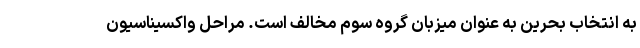
به انتخاب بحرین به عنوان میزبان گروه سوم مخالف است. مراحل واکسیناسیون